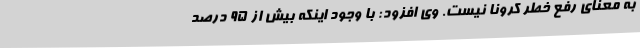
به معنای رفع خطر کرونا نیست. وی افزود: با وجود اینکه بیش از 95 درصد